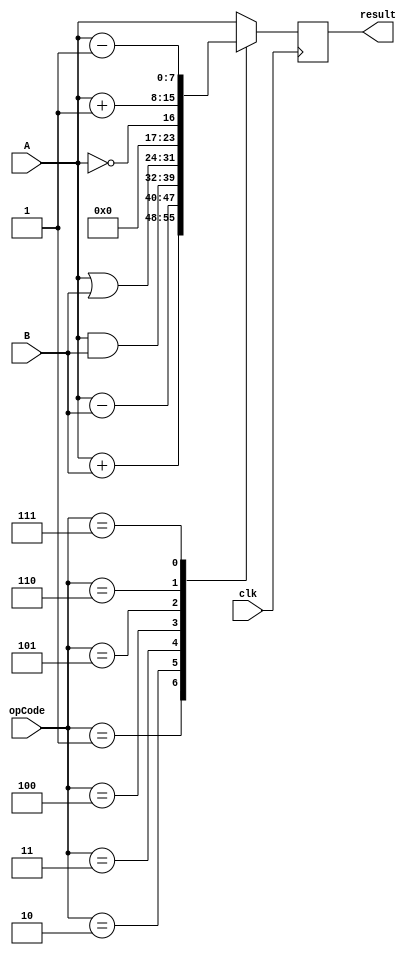
`timescale 1ns / 1ps

/* 8 bit computer project
    Modules: 
     - Arithmetic Logic Unit (ALU) */

module ALU(result, A, B, opCode, clk);
// takes two sets of 8bit values (A, B), depending on opCode performse various operations 
    input [7:0] A, B; // data inputs 
    input [3:0] opCode; // operation select 
    input clk;
    output reg [7:0] result; // final output reg
    
    always@(posedge clk) begin 
            case(opCode) // ALU MUX
                4'b0001: result = A + B; //1: ADD
                4'b0010: result = A - B; // 2: SUB
                4'b0011: result = A & B; // 3: AND (bitwise&)
                4'b0100: result = A | B; // 4: OR (bitwise|)
                4'b0101: result = !A; // 5: NOT (bitwise inverse A)
                4'b0110: result = A + 1; // 6: INC (increment A)
                4'b0111: result = A - 1; // 7: DEC (decrement A)
                default: result = A; // other: passthrough 
        endcase     
    end
    
endmodule